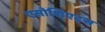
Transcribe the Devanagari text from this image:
एसोशिएट्स